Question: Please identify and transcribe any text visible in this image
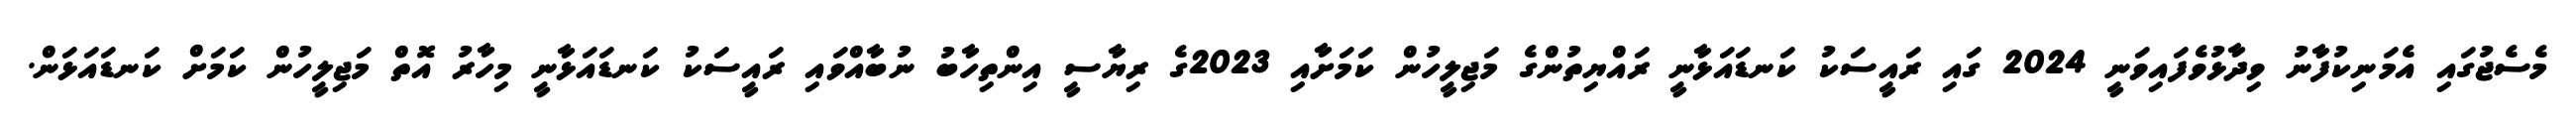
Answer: މެސެޖުގައި އެމަނިކުފާނު ވިދާޅުވެފައިވަނީ 2024 ގައި ރައީސަކު ކަނޑައަޅާނީ ރައްޔިތުންގެ މަޖިލީހުން ކަމަށާއި 2023ގެ ރިޔާސީ އިންތިހާބު ނުބާއްވައި ރައީސަކު ކަނޑައަޅާނީ މިހާރު އޮތް މަޖިލީހުން ކަމަށް ކަނޑައަޅަން.